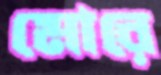
মোরে